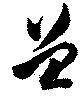
曾